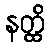
နတ္ထိ